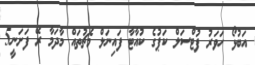
އަބުޅޯ ހަވަރު ފުޓްސަލް ކަޕުގެ ކުއާޓާ ފައިނަލް މެޗުތައް މާދަމާ ރޭ ފަށަނީ5